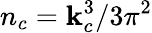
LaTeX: n_{c}=\mathbf{k}_{c}^{3}/3\pi^{2}